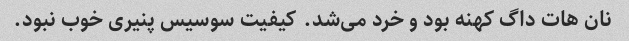
نان هات داگ کهنه بود و خرد می‌شد. کیفیت سوسیس پنیری خوب نبود.